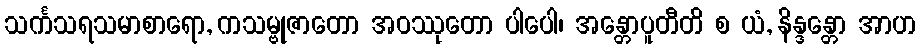
သင်္ကသရသမာစာရော, ကသမ္ဗုဇာတော အဝဿုတော ပါပေါ၊ အန္တောပူတီတိ စ ယံ, နိန္ဒန္တော အာဟ